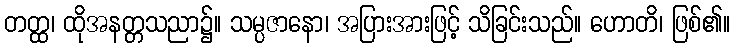
တတ္ထ၊ ထိုအနတ္တသညာ၌။ သမ္ပဇာနော၊ အပြားအားဖြင့် သိခြင်းသည်။ ဟောတိ၊ ဖြစ်၏။